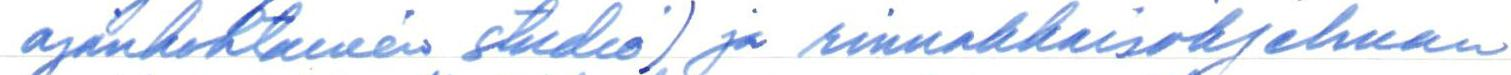
ajankohtainen studio) ja rinnakkaisohjelman